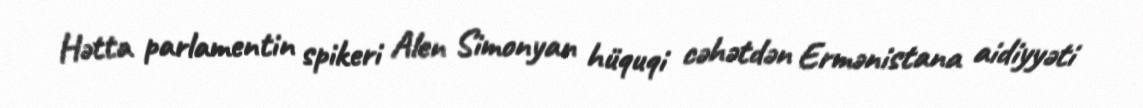
Hətta parlamentin spikeri Alen Simonyan hüquqi cəhətdən Ermənistana aidiyyəti